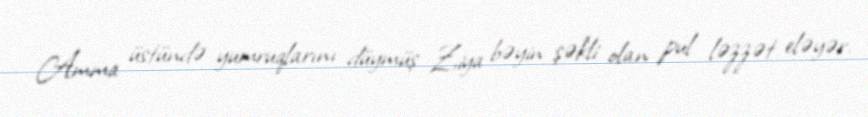
Amma üstündə yumruqlarını düymüş Ziya bəyin şəkli olan pul ləzzət eləyər.